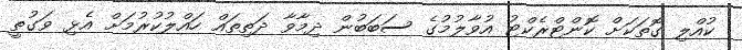
ކުއްލި ގޮތަކަށް ކޮންޓްރެކްޓު އުވާލުމުގެ ސަބަބުން ދިމާވާ ދަތިތައް ހައްލުކުރުމަށް އެޅި ވަގުތީ